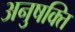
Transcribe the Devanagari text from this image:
अनुषक्ति